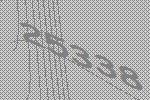
25338